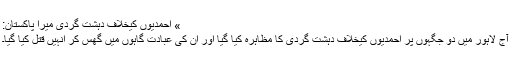
» احمدیوں کیخلاف دہشت گردی میرا پاکستان:
آج لاہور میں دو جگہوں پر احمدیوں کیخلاف دہشت گردی کا مظاہرہ کیا گیا اور ان کی عبادت گاہوں میں گھس کر انہیں قتل کیا گیا۔